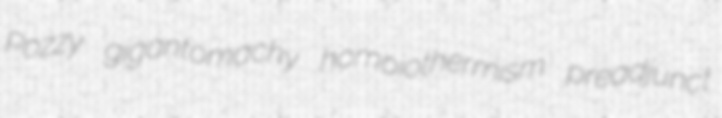
Pozzy gigantomachy homoiothermism preadjunct